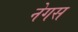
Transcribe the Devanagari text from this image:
नेगस